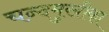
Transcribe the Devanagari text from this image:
चन्दमुखीका